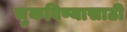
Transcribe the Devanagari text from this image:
चुकविण्यासाठी